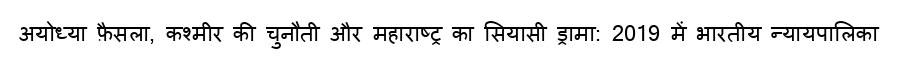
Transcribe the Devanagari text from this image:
अयोध्या फ़ैसला, कश्मीर की चुनौती और महाराष्ट्र का सियासी ड्रामा: 2019 में भारतीय न्यायपालिका